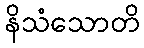
နိသံသောတိ